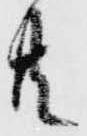
共